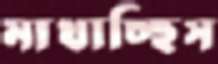
মাখাচ্ছিস